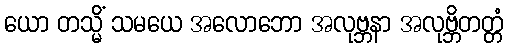
ယော တသ္မိံ သမယေ အလောဘော အလုဗ္ဘနာ အလုဗ္ဘိတတ္တံ